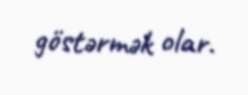
göstərmək olar.